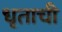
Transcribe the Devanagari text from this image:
धृताची